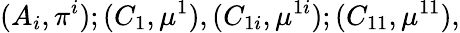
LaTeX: (A_{i},\pi^{i});(C_{1},\mu^{1}),(C_{1i},\mu^{1i});(C_{11},\mu^{11}),